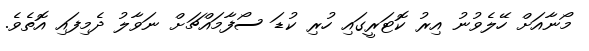
މޯނާއަށް ހޭލެވުނު އިރު ކޮޓަރީގައި ހުރި ކުޑަ ސޯފާމައްޗަށް ނަވާލު ދެމިފައި އޮތެވެ.